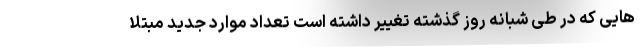
هایی که در طی شبانه روز گذشته تغییر داشته است تعداد موارد جدید مبتلا